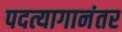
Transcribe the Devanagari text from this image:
पदत्यागानंतर